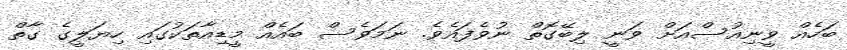
ބަހެއް ވީނިއުސްއަށް ވަނީ ލިބޭގޮތް ނުވެފައެވެ. ނަމަވެސް ބައެއް މީޑިއާތަކުގައި ހިޔަލީގެ ގާތް